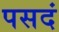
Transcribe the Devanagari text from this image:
पसदं